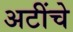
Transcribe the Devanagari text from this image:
अटींचे